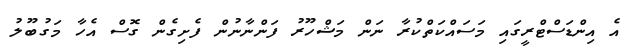
އެ އިންޑަސްޓްރީގައި މަސައްކަތްކުރާ ނަން މަޝްހޫރު ފަންނާނުން ފެށިގެން ގޮސް އެހާ މަގުބޫލު